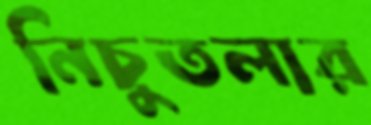
নিচুতলার